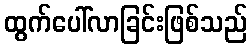
ထွက်ပေါ်လာခြင်းဖြစ်သည်